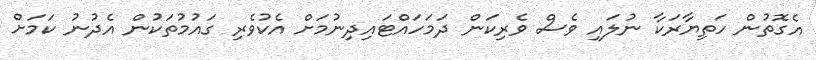
އެގޮތުން ހަތިޔާރަކާ ނުލައި ވެސް ވެރިކަން ދަމަހައްޓައިދިނުމަށް އެކުވެރި ގައުމުތަކުން އެދުނު ކަމަށް